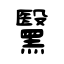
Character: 黳